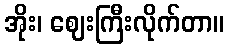
အိုး၊ ဈေးကြီးလိုက်တာ။